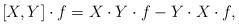
LaTeX: \begin{align*} [X, Y] \cdot f = X\cdot Y\cdot f - Y \cdot X \cdot f,\end{align*}